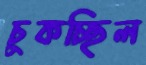
চুকচ্ছিল